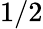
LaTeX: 1/2